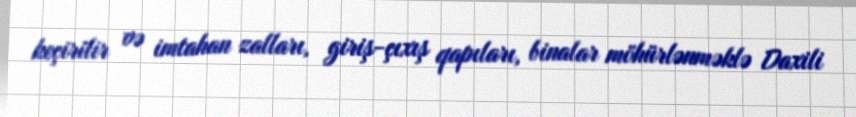
keçirilir və imtahan zalları, giriş-çıxış qapıları, binalar möhürlənməklə Daxili